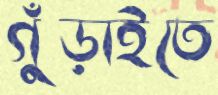
গুঁড়াইতে